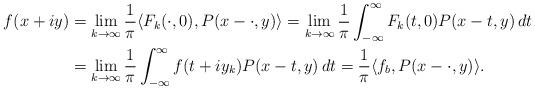
LaTeX: \begin{align*}f(x+iy) &= \lim_{k\to\infty} \frac{1}{\pi} \langle F_k(\cdot, 0), P(x-\cdot, y) \rangle = \lim_{k\to\infty} \frac{1}{\pi} \int_{-\infty}^\infty F_k(t,0) P(x-t,y)\,dt\\&= \lim_{k\to\infty} \frac{1}{\pi} \int_{-\infty}^\infty f(t+iy_k) P(x-t,y)\,dt= \frac{1}{\pi} \langle f_b, P(x-\cdot, y)\rangle.\end{align*}